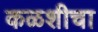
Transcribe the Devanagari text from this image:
कळशीचा